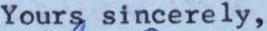
Yours sincerely,